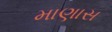
માણાસ